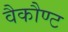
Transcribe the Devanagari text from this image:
वैकौण्ट